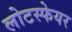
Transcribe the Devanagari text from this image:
लोटस्फेयर